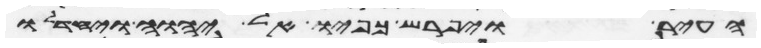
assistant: העיר ויפרש כפיו אל יהוה ויחדלו